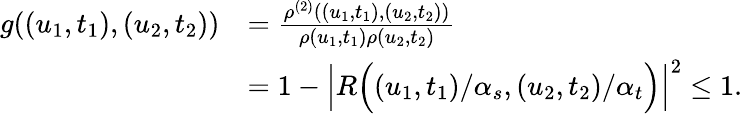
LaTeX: \begin{array}{rl}{g((u_{1},t_{1}),(u_{2},t_{2}))}&{=\frac{\rho^{(2)}((u_{1},t_{1}),(u_{2},t_{2}))}{\rho(u_{1},t_{1})\rho(u_{2},t_{2})}}\\ &{=1-\Big\lvert R\Big((u_{1},t_{1})/\alpha_{s},(u_{2},t_{2})/\alpha_{t}\Big)\Big\rvert^{2}\le 1.}\end{array}